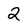
Character: 2